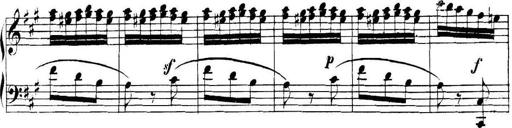
Title: Collected Piano Sonatas
Composer: Muzio Clementi